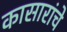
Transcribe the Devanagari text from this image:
कासारांचे